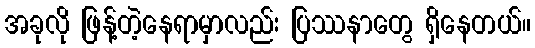
အခုလို ဖြန့်တဲ့နေရာမှာလည်း ပြဿနာတွေ ရှိနေတယ်။